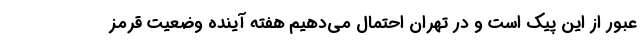
عبور از این پیک است و در تهران احتمال می‌دهیم هفته آینده وضعیت قرمز